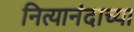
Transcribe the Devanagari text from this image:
नित्यानंदाच्या